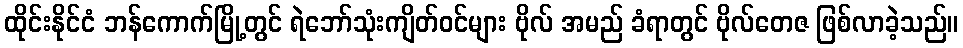
ထိုင်းနိုင်ငံ ဘန်ကောက်မြို့တွင် ရဲဘော်သုံးကျိတ်ဝင်များ ဗိုလ် အမည် ခံရာတွင် ဗိုလ်တေဇ ဖြစ်လာခဲ့သည်။